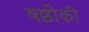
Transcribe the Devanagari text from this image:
षष्ठीकी